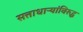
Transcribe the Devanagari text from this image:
सत्ताधाऱ्यांविरुद्ध